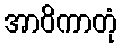
အာဝိကာတုံ